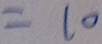
= 1 0